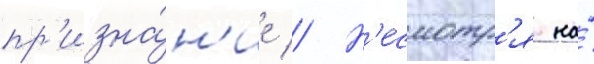
пр'изна́н'ие // Н'есмотр'я на́